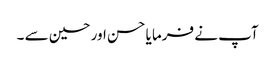
آپ نے فرما یا حسن اور حسین سے ۔